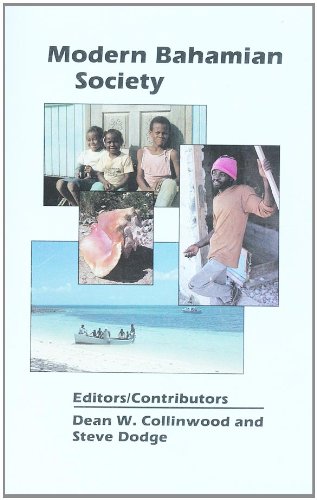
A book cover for Modern Bahamian Society; Dean W. Collinwood; Travel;